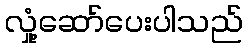
လှုံ့ဆော်ပေးပါသည်